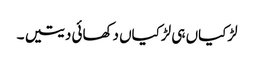
لڑکیاں ہی لڑکیاں دکھائی دیتیں ۔